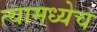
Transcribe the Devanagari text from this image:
त्यामध्येच